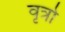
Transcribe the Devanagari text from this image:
वृत्रो